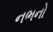
નભનો